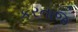
કરતાજ